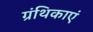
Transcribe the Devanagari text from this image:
ग्रंथिकाएं